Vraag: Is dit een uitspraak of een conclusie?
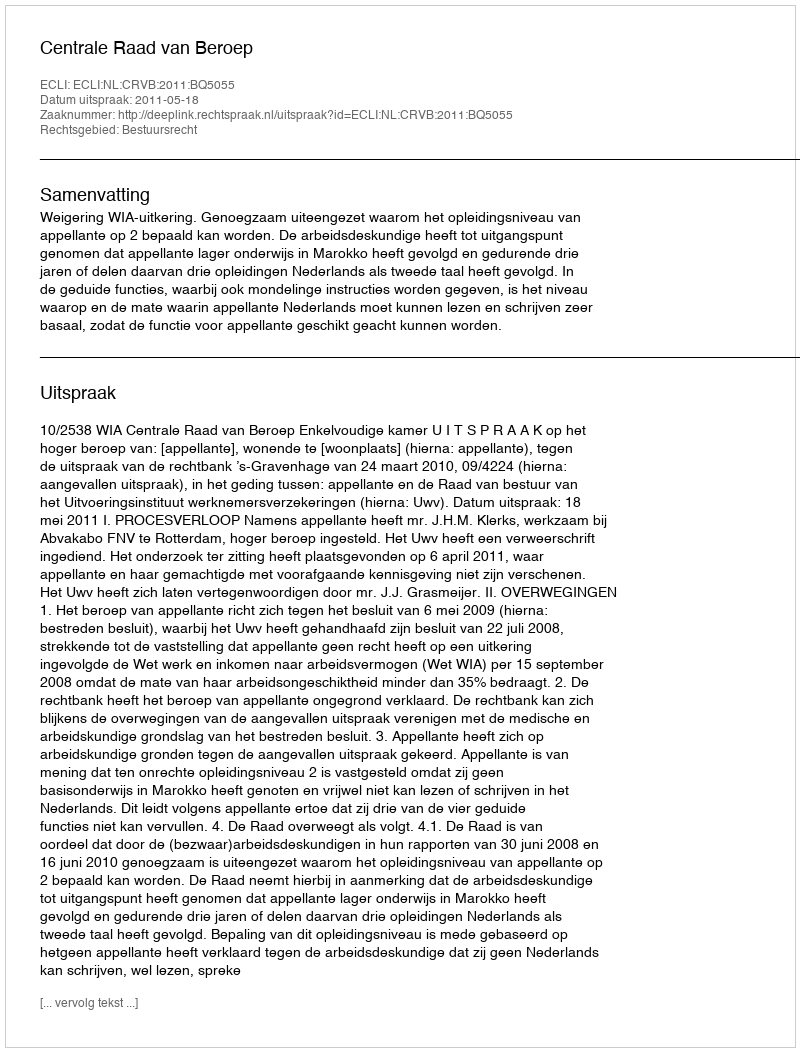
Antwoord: Uitspraak